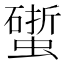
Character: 𧑧